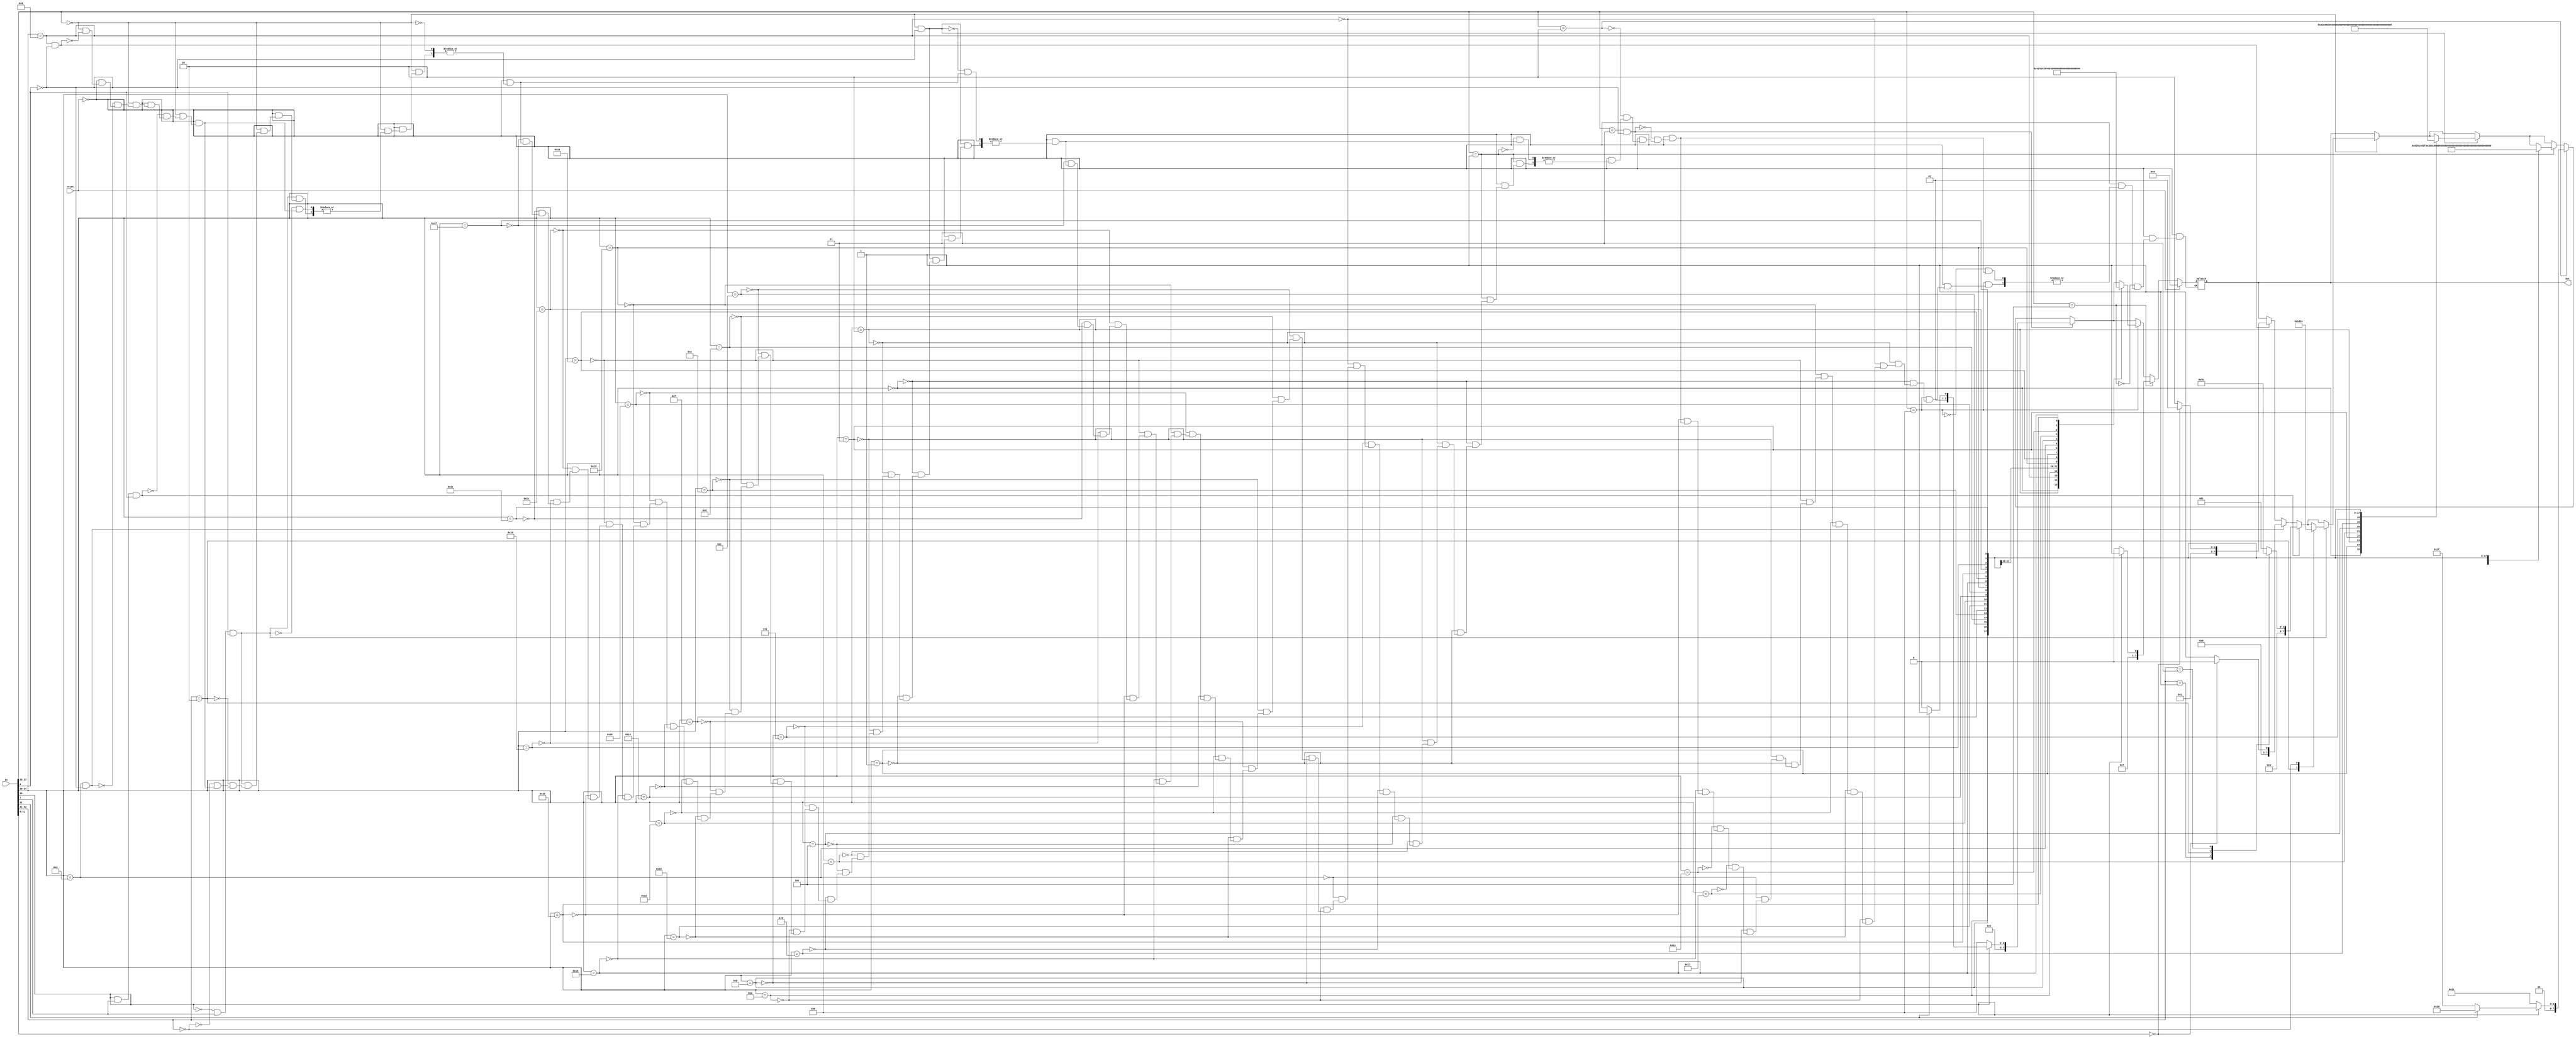
module encoder (output reg [7:0] Out, input [31:0] In, input reset);
    always @ (In, reset)
    if (reset == 1) Out = 0;
    else
    begin
//------------------000------------------------------------------
       if (In [27:25] == 3'b000) 
       begin
            if (In [24:20] == 5'b01000 && In [4] == 1'b0) 
            begin
                case (In [11:5])
                7'b0000000: Out = 5;   //ADD R-R
                default:    Out = 6;   //ADD shift
                endcase
            end
            if (In [24:20] == 5'b01001 && In [4] == 1'b0) 
            begin
                case (In [11:5])
                7'b0000000: Out = 10;   //ADDS R-R
                default:    Out = 11;   //ADDS shift
                endcase
            end
            
            //----------------------------AM3-----------------
            if (In [24] == 1'b1 && In [7] == 1'b1 && In [4] == 1'b1) 
            begin
                case (In [22:21])
                2'b00:  Out = 25;  //register
                2'b01:  Out = 26;  //pre-register
                2'b10:  Out = 27;  //inme
                2'b11:  Out = 28;  //pre
                endcase
            end
            if (In [24] == 1'b0 && In [7] == 1'b1 && In [4] == 1'b1)
            begin
                case (In [22:21])
                2'b10:  Out = 29;  //post
                2'b00:  Out = 30;  //post-register
                endcase
            end
        end
        if (In [27:25] == 3'b000 && In [4] == 1'b0)
        begin
            case (In [24:20])
            5'b00000:   Out = 83;   //AND register
            5'b00001:   Out = 84;   //ANDS register
            5'b00010:   Out = 85;   //EOR register
            5'b00011:   Out = 86;   //EORS register
            5'b00100:   Out = 87;   //SUB register
            5'b00101:   Out = 88;   //SUBS register
            5'b00110:   Out = 89;   //RSB register
            5'b00111:   Out = 90;   //RSBS register
            5'b01010:   Out = 91;   //ADC register
            5'b01011:   Out = 92;   //ADCS register
            5'b01100:   Out = 93;   //SBC register
            5'b01101:   Out = 94;   //SBCS register
            5'b01110:   Out = 95;   //RSC register
            5'b01111:   Out = 96;   //RSCS register
            5'b10000:   Out = 97;   //TST register
            5'b10010:   Out = 98;   //TEQ register
            5'b10100:   Out = 55;   //CMP register
            5'b10110:   Out = 100;   //CMN register
            5'b11000:   Out = 101;   //ORR register
            5'b11001:   Out = 102;   //ORRS register
            5'b11010:   Out = 56;   //MOV register
            5'b11011:   Out = 57;   //MOVS register
            5'b11100:   Out = 105;   //BIC register
            5'b11101:   Out = 106;   //BICS register
            5'b11110:   Out = 107;   //MVN register
            5'b11111:   Out = 108;   //MVNS register
            endcase
        end
//------------------001-------------------------------------------
        if (In [27:25] == 3'b001) 
        begin
            case (In [24:20])
            5'b00000:   Out = 82;   //AND 
            5'b00001:   Out = 81;   //ANDS
            5'b00010:   Out = 64;   //EOR
            5'b00011:   Out = 63;   //EORS
            5'b00100:   Out = 62;   //SUB
            5'b00101:   Out = 61;   //SUBS
            5'b00110:   Out = 60;   //RSB
            5'b00111:   Out = 59;   //RSBS
            5'b01000:   Out = 7;   //ADD inme
            5'b01001:   Out = 12;   //ADDS inme
            5'b01010:   Out = 110;   //ADC inme
            5'b01011:   Out = 109;   //ADCS inme
            5'b01100:   Out = 54;   //SBC
            5'b01101:   Out = 53;   //SBCS
            5'b01110:   Out = 52;   //RSC
            5'b01111:   Out = 51;   //RSCS
            5'b10000:   Out = 50;   //TST
            5'b10010:   Out = 49;   //TEQ
            5'b10100:   Out = 8;   //CMP
            5'b10110:   Out = 47;   //CMN
            5'b11000:   Out = 46;   //ORR
            5'b11001:   Out = 45;   //ORRS
            5'b11010:   Out = 9;   //MOV
            5'b11011:   Out = 13;   //MOVS
            5'b11100:   Out = 42;   //BIC
            5'b11101:   Out = 41;   //BICS
            5'b11110:   Out = 40;   //MVN
            5'b11111:   Out = 39;   //MVNS
            endcase
        end
//--------------------------010-----------------------------------------
        if (In [27:25] == 3'b010)
        begin
            if (In [24] == 1'b1)
            begin
                case (In [21])
                1'b0:   Out = 31;  //Inme
                1'b1:   Out = 32;  //Pre
                endcase
            end
            else 
            Out = 33;  //Post
        end
//---------------------------011---------------------------------------
        if (In [27:25] == 3'b011 && In [4] == 1'b0)
        begin
            if (In [24] == 1'b1)
            begin
                case (In [21])
                1'b0:   Out = 34;  //Inme register
                1'b1:   Out = 35;  //Pre register
                endcase
            end
            else 
            Out = 36;  //Post register
        end
//-------------------------100-------AM4--------------------------------
        if (In [27:25] == 3'b100)
        begin
            case (In [24:20])
            5'b00000:   Out = 65;  //STMDA, W=0
            5'b00010:   Out = 66;  //W=1
            5'b01000:   Out = 67;  //STMIA
            5'b01010:   Out = 68;  //W=1
            5'b10000:   Out = 69;  //STMDB
            5'b10010:   Out = 70;  //W=1
            5'b11000:   Out = 71;  //STMIB
            5'b11010:   Out = 72;  //W=1
            5'b00001:   Out = 73;  //LDMDA
            5'b00011:   Out = 74;  //W=1
            5'b01001:   Out = 75;  //LDMIA
            5'b01011:   Out = 76;  //W=1
            5'b10001:   Out = 77;  //LDMDB
            5'b10011:   Out = 78;  //W=1
            5'b11001:   Out = 79;  //LDMIB
            5'b11011:   Out = 80;  //W=1
            endcase
        end
//------------------------------101---------------------------------------
        if (In [27:25] == 3'b101)
        begin
            case (In [24])
            1'b0:   Out = 14;   //B
            1'b1:   Out = 15;   //BL
            endcase
        end
    end
endmodule
module test_encoder;
    reg [31:0] X;
    reg R;
    wire [7:0] Y;
    encoder fase3 (Y, X, R);
    initial begin
        X = 32'b11100111111100010000000000000000;
        R = 0;
    end
    initial begin
        $display (" Input     Output ");
        $monitor (" %h  %d ", X, Y);
    end
endmodule